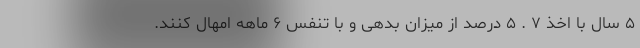
۵ سال با اخذ ۷ . ۵ درصد از میزان بدهی و با تنفس ۶ ماهه امهال کنند.